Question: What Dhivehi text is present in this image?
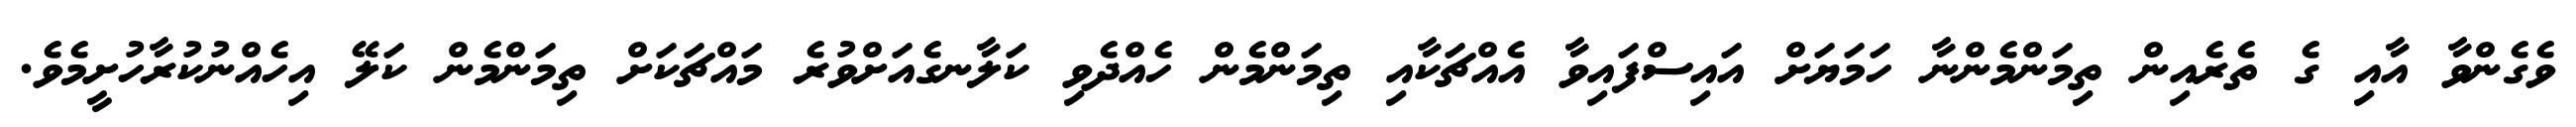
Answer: ވެގެންވާ އާއި ގެ ތެރެއިން ތިމަންމެންނާ ހަމަޔަށް އައިސްފައިވާ އެއްޗަކާއި ތިމަންމެން ހެއްދެވި ކަލާނގެއަށްވުރެ މައްޗަކަށް ތިމަންމެން ކަލޭ އިހެއްނުކުރާހުށީމެވެ.